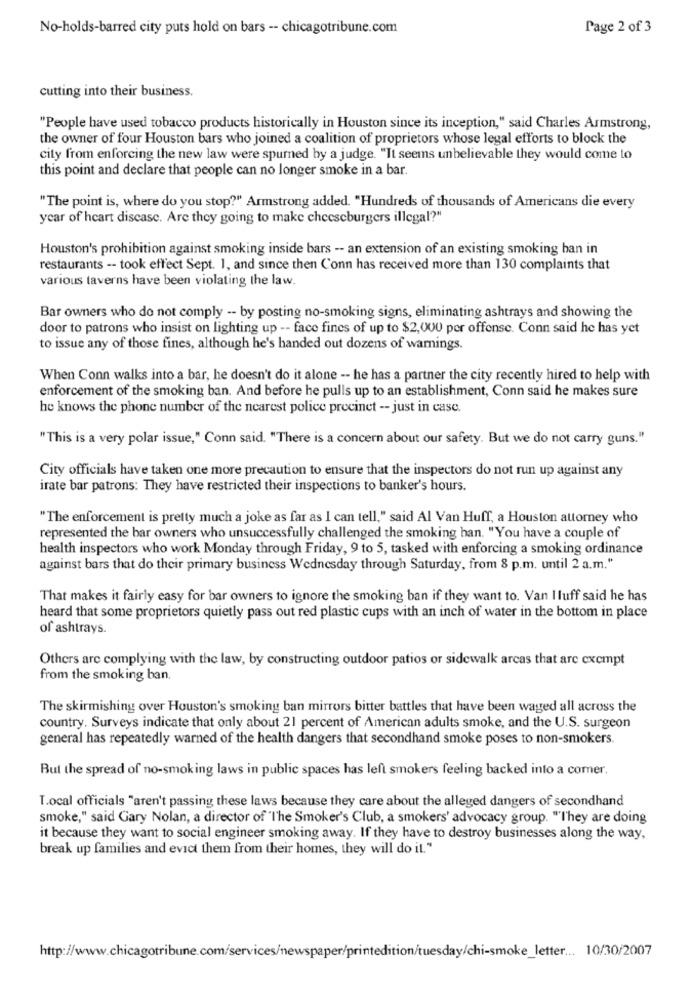
No-holds-barred city puts hold on bars -- chicagotribune.com
Page 2 of 3
cutting into their business.
"People have used tobacco products historically in Houston since its inception," said Charles Armstrong,
the owner of four Houston bars who joined a coalition of proprietors whose legal efforts to block the
city from enforcing the new law were spurned by a judge. "It seems unbelievable they would come to
this point and declare that people can no longer smoke in a bar.
"The point is, where do you stop?" Armstrong added. "Hundreds of thousands of Americans die every
year of heart disease. Are they going to make cheeseburgers illegal?"
Houston's prohibition against smoking inside bars -- an extension of an existing smoking ban in
restaurants -- took effect Sept. 1, and since then Conn has received more than 130 complaints that
various taverns have been violating the law.
Bar owners who do not comply -- by posting no-smoking signs, eliminating ashtrays and showing the
door to patrons who insist on lighting up -- face fines of up to $2,000 per offense. Conn said he has yet
to issue any of those fines, although he's handed out dozens of warnings.
When Conn walks into a bar, he doesn't do it alone -- he has a partner the city recently hired to help with
enforcement of the smoking ban. And before he pulls up to an establishment, Conn said he makes sure
he knows the phone number of the nearest police precinet -- just in case.
"This is a very polar issue," Conn said. "There is a concern about our safety. But we do not carry guns."
City officials have taken one more precaution to ensure that the inspectors do not run up against any
irate bar patrons: They have restricted their inspections to banker's hours.
"The enforcement is pretty much a joke as far as I can tell," said Al Van Huff, a Houston attorney who
represented the bar owners who unsuccessfully challenged the smoking han. "You have a couple of
health inspectors who work Monday through Friday, 9 to 5, tasked with enforcing a smoking ordinance
against bars that do their primary business Wednesday through Saturday, from 8 p.m. until 2 a.m."
That makes it fairly easy for bar owners to ignore the smoking ban if they want to. Van I luff said he has
heard that some proprietors quietly pass out red plastic cups with an inch of water in the bottom in place
of ashtrays.
Others are complying with the law, by constructing outdoor patios or sidewalk areas that are exempt
from the smoking ban.
The skirmishing over Houston's smoking ban mirrors bitter battles that have been waged all across the
country. Surveys indicate that only about 21 percent of American adults smoke, and the U.S. surgeon
general has repeatedly warned of the health dangers that secondhand smoke poses to non-smokers.
But the spread of no-smoking laws in public spaces has left smokers feeling backed into a comer.
T.ocal officials "aren't passing these laws because they care about the alleged dangers of secondhand
smoke," said Gary Nolan, a director of "The Smoker's Club, a smokers' advocacy group. "They are doing
it because they want to social engineer smoking away. If they have to destroy businesses along the way,
break up families and evict them from their homes, they will do it."
http://www.chicagotribune.com/services/newspaper/printedition/tuesday/chi-smoke_letter ... 10/30/2007